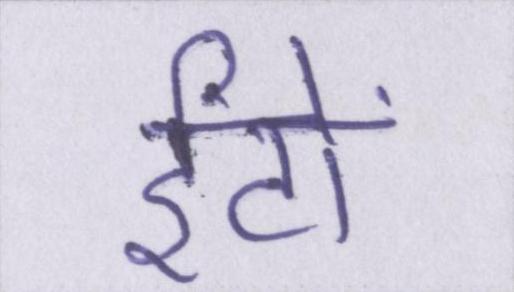
ईंटों